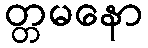
တ္တမနော